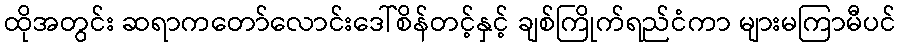
ထိုအတွင်း ဆရာကတော်လောင်းဒေါ်စိန်တင့်နှင့် ချစ်ကြိုက်ရည်ငံကာ များမကြာမီပင်